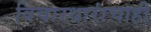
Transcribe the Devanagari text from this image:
विचारधारांचाही